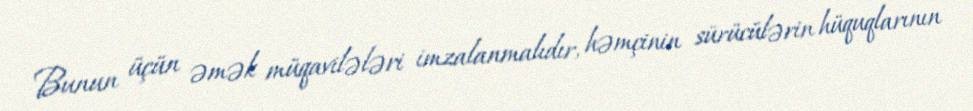
Bunun üçün əmək müqavilələri imzalanmalıdır, həmçinin sürücülərin hüquqlarının